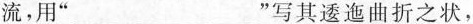
流，用 ” ___ ” 写其逶迤曲折之状，